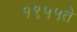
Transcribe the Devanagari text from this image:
१९५५ते